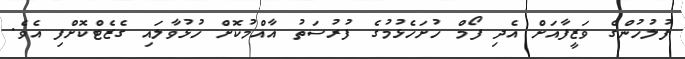
ފުލުހުންގެ ވަޒީފާއަށް އެދި ފޯމް ހުށަހެޅުމުގެ ފުރުސަތު އާއްމުކޮށް ހުޅުވާލައި ގެޒެޓްކޮށްފި އެވެ.